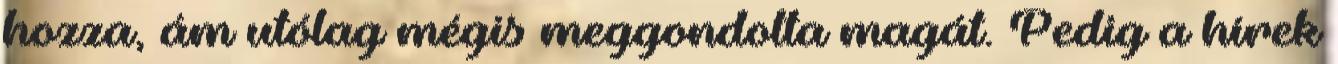
hozza, ám utólag mégis meggondolta magát. Pedig a hírek